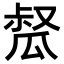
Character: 𤬂